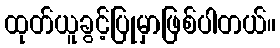
ထုတ်ယူခွင့်ပြုမှာဖြစ်ပါတယ်။